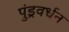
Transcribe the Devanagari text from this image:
पुंड्रवर्धन